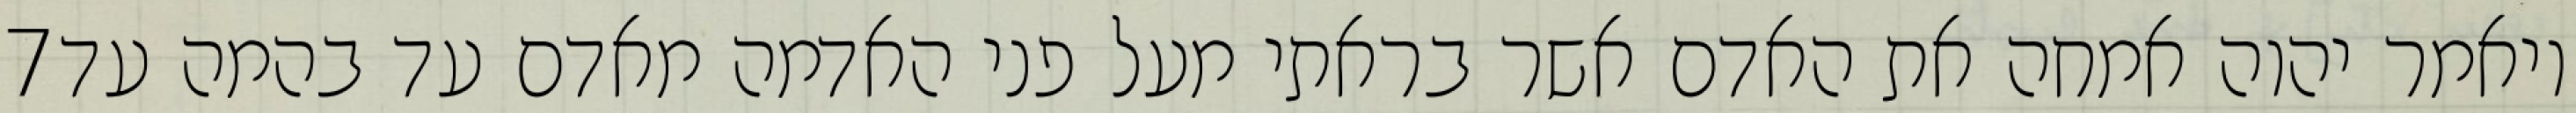
‎7‏ ויאמר יהוה אמחה את האדם אשר בראתי מעל פני האדמה מאדם עד בהמה עד